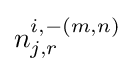
n_{j,r}^{i,-(m,n)}